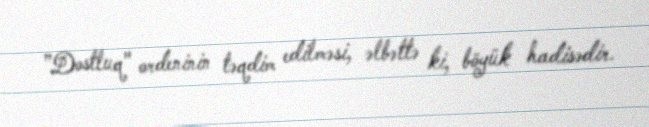
”Dostluq" ordeninin təqdim edilməsi, əlbəttə ki, böyük hadisədir.